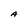
Character: A